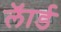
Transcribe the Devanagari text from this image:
लॅार्ड